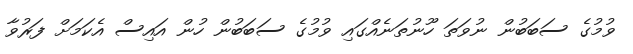
ވުމުގެ ސަބަބުން ނުވަތަ ހޫނުތަނެއްގައި ވުމުގެ ސަބަބުން ހުން އައިސް އެކަމަށް ފަރުވާ